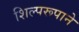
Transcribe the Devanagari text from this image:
शिल्परूपाने